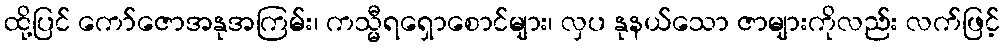
ထို့ပြင် ကော်ဇောအနုအကြမ်း၊ ကသ္မီရရှောစောင်များ၊ လှပ နုနယ်သော ဇာများကိုလည်း လက်ဖြင့်